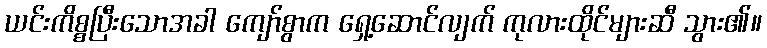
ယင်းကိစ္စပြီးသောအခါ ကျော်စွာက ရှေ့ဆောင်လျက် ကုလားထိုင်များဆီ သွား၏။